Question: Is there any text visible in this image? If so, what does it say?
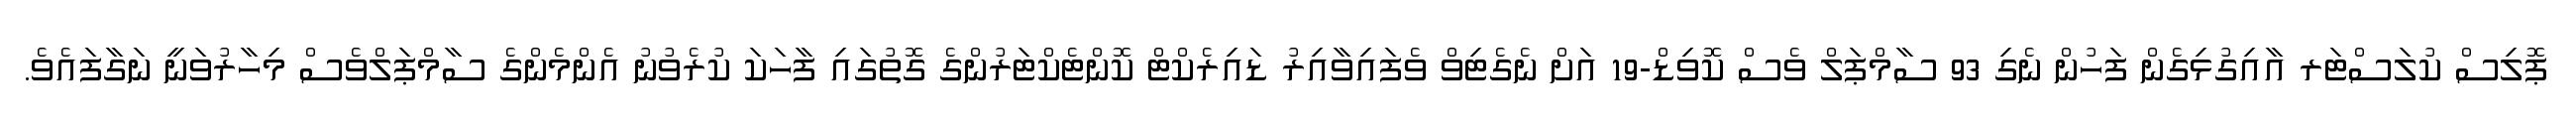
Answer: ޕޮލިސް ކުލަސްޓަރ އާއިގުޅިގެން ފަހުން ނެގި 93 ސާމްޕަލް ވެސް ކޮވިޑް-19 އަށް ނެގެޓިވް ވެފައިވާއިރު ޑައިރެކްޓް ކޮންޓެކްޓަރުންގެ ގޮތުގައި ފާހަކަ ކުރެވުނު އެންމެންގެ ސާމްޕަލްވެސް މިހާރުވަނީ ނަގާފައެވެ.